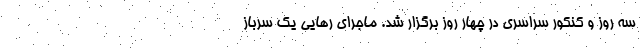
سه روز و کنکور سراسری در چهار روز برگزار شد. ماجرای رهایی یک سرباز